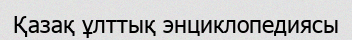
Қазақ ұлттық энциклопедиясы